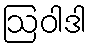
ဩဝါဒါ